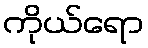
ကိုယ်ရော